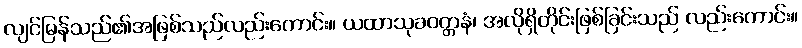
လျင်မြန်သည်၏အဖြစ်သည်လည်းကောင်း။ ယထာသုခဝတ္တနံ၊ အလိုရှိတိုင်းဖြစ်ခြင်းသည် လည်းကောင်း။